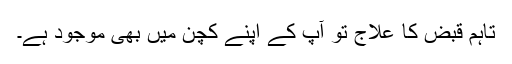
تاہم قبض کا علاج تو آپ کے اپنے کچن میں بھی موجود ہے۔